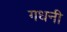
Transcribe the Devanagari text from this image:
गधनी